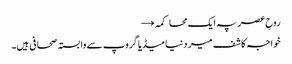
روحِ عصر پہ ایک محاکمہ →
خواجہ کاشف میر دنیا میڈیا گروپ سے وابستہ صحافی ہیں۔